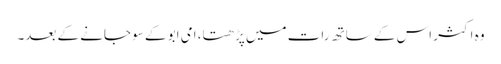
وہ اکثر اس کے ساتھ رات میں پڑھتا، امی ابو کے سو جانے کے بعد۔